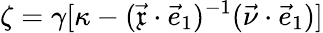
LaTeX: \zeta=\gamma[\kappa-(\vec{\mathfrak{x}}\cdot\vec{e}_{1})^{-1}(\vec{\nu}\cdot\vec{e}_{1})]